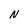
Character: N